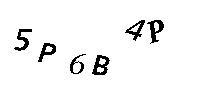
5P6B4P